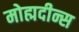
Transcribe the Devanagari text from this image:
मोह्मदीन्स